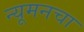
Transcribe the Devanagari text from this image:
न्यूमनचा